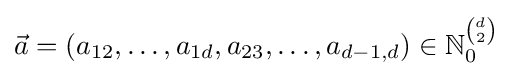
{\vec {a}}=(a_{12},\dotsc ,a_{1d},a_{23},\dotsc ,a_{d-1,d})\in \mathbb {N} _{0}^{\binom {d}{2}}